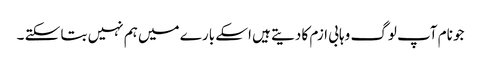
جو نام آپ لوگ وہابی ازم کا دیتے ہیں اسکے بارے میں ہم نہیں بتا سکتے ۔